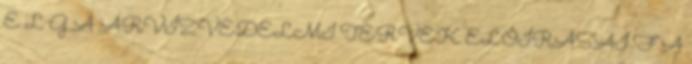
E L G A ÁRVÍZVÉDELMI TERVEK ELŐÍRÁSAI F A